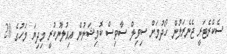
ސެކްރެޓަރީ ޖެނެރަލުން ހޯދުމަށް ސިވިލް ސާވިސް ކޮމިޝަނުން އިއުލާނުކުރީ މިދިޔަ މަހުގެ 20